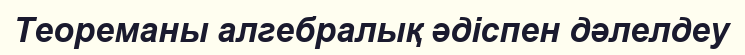
Теореманы алгебралық әдіспен дәлелдеу